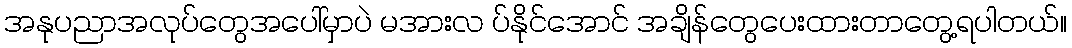
အနုပညာအလုပ်တွေအပေါ်မှာပဲ မအားလ ပ်နိုင်အောင် အချိန်တွေပေးထားတာတွေ့ရပါတယ်။